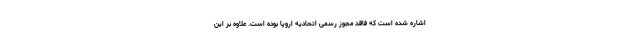
اشاره شده است که فاقد مجوز رسمی اتحادیه اروپا بوده است. علاوه بر این